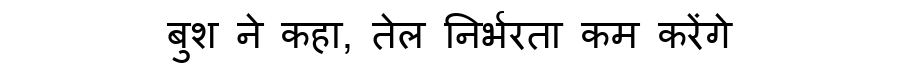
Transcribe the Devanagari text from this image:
बुश ने कहा, तेल निर्भरता कम करेंगे